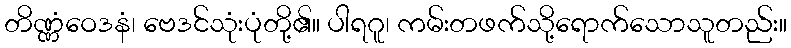
တိဏ္ဏံဝေဒနံ၊ ဗေဒင်သုံးပုံတို့၏။ ပါရဂူ၊ ကမ်းတဖက်သို့ရောက်သောသူတည်း။